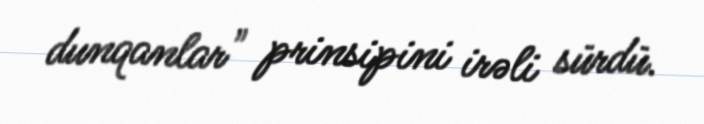
dunqanlar" prinsipini irəli sürdü.